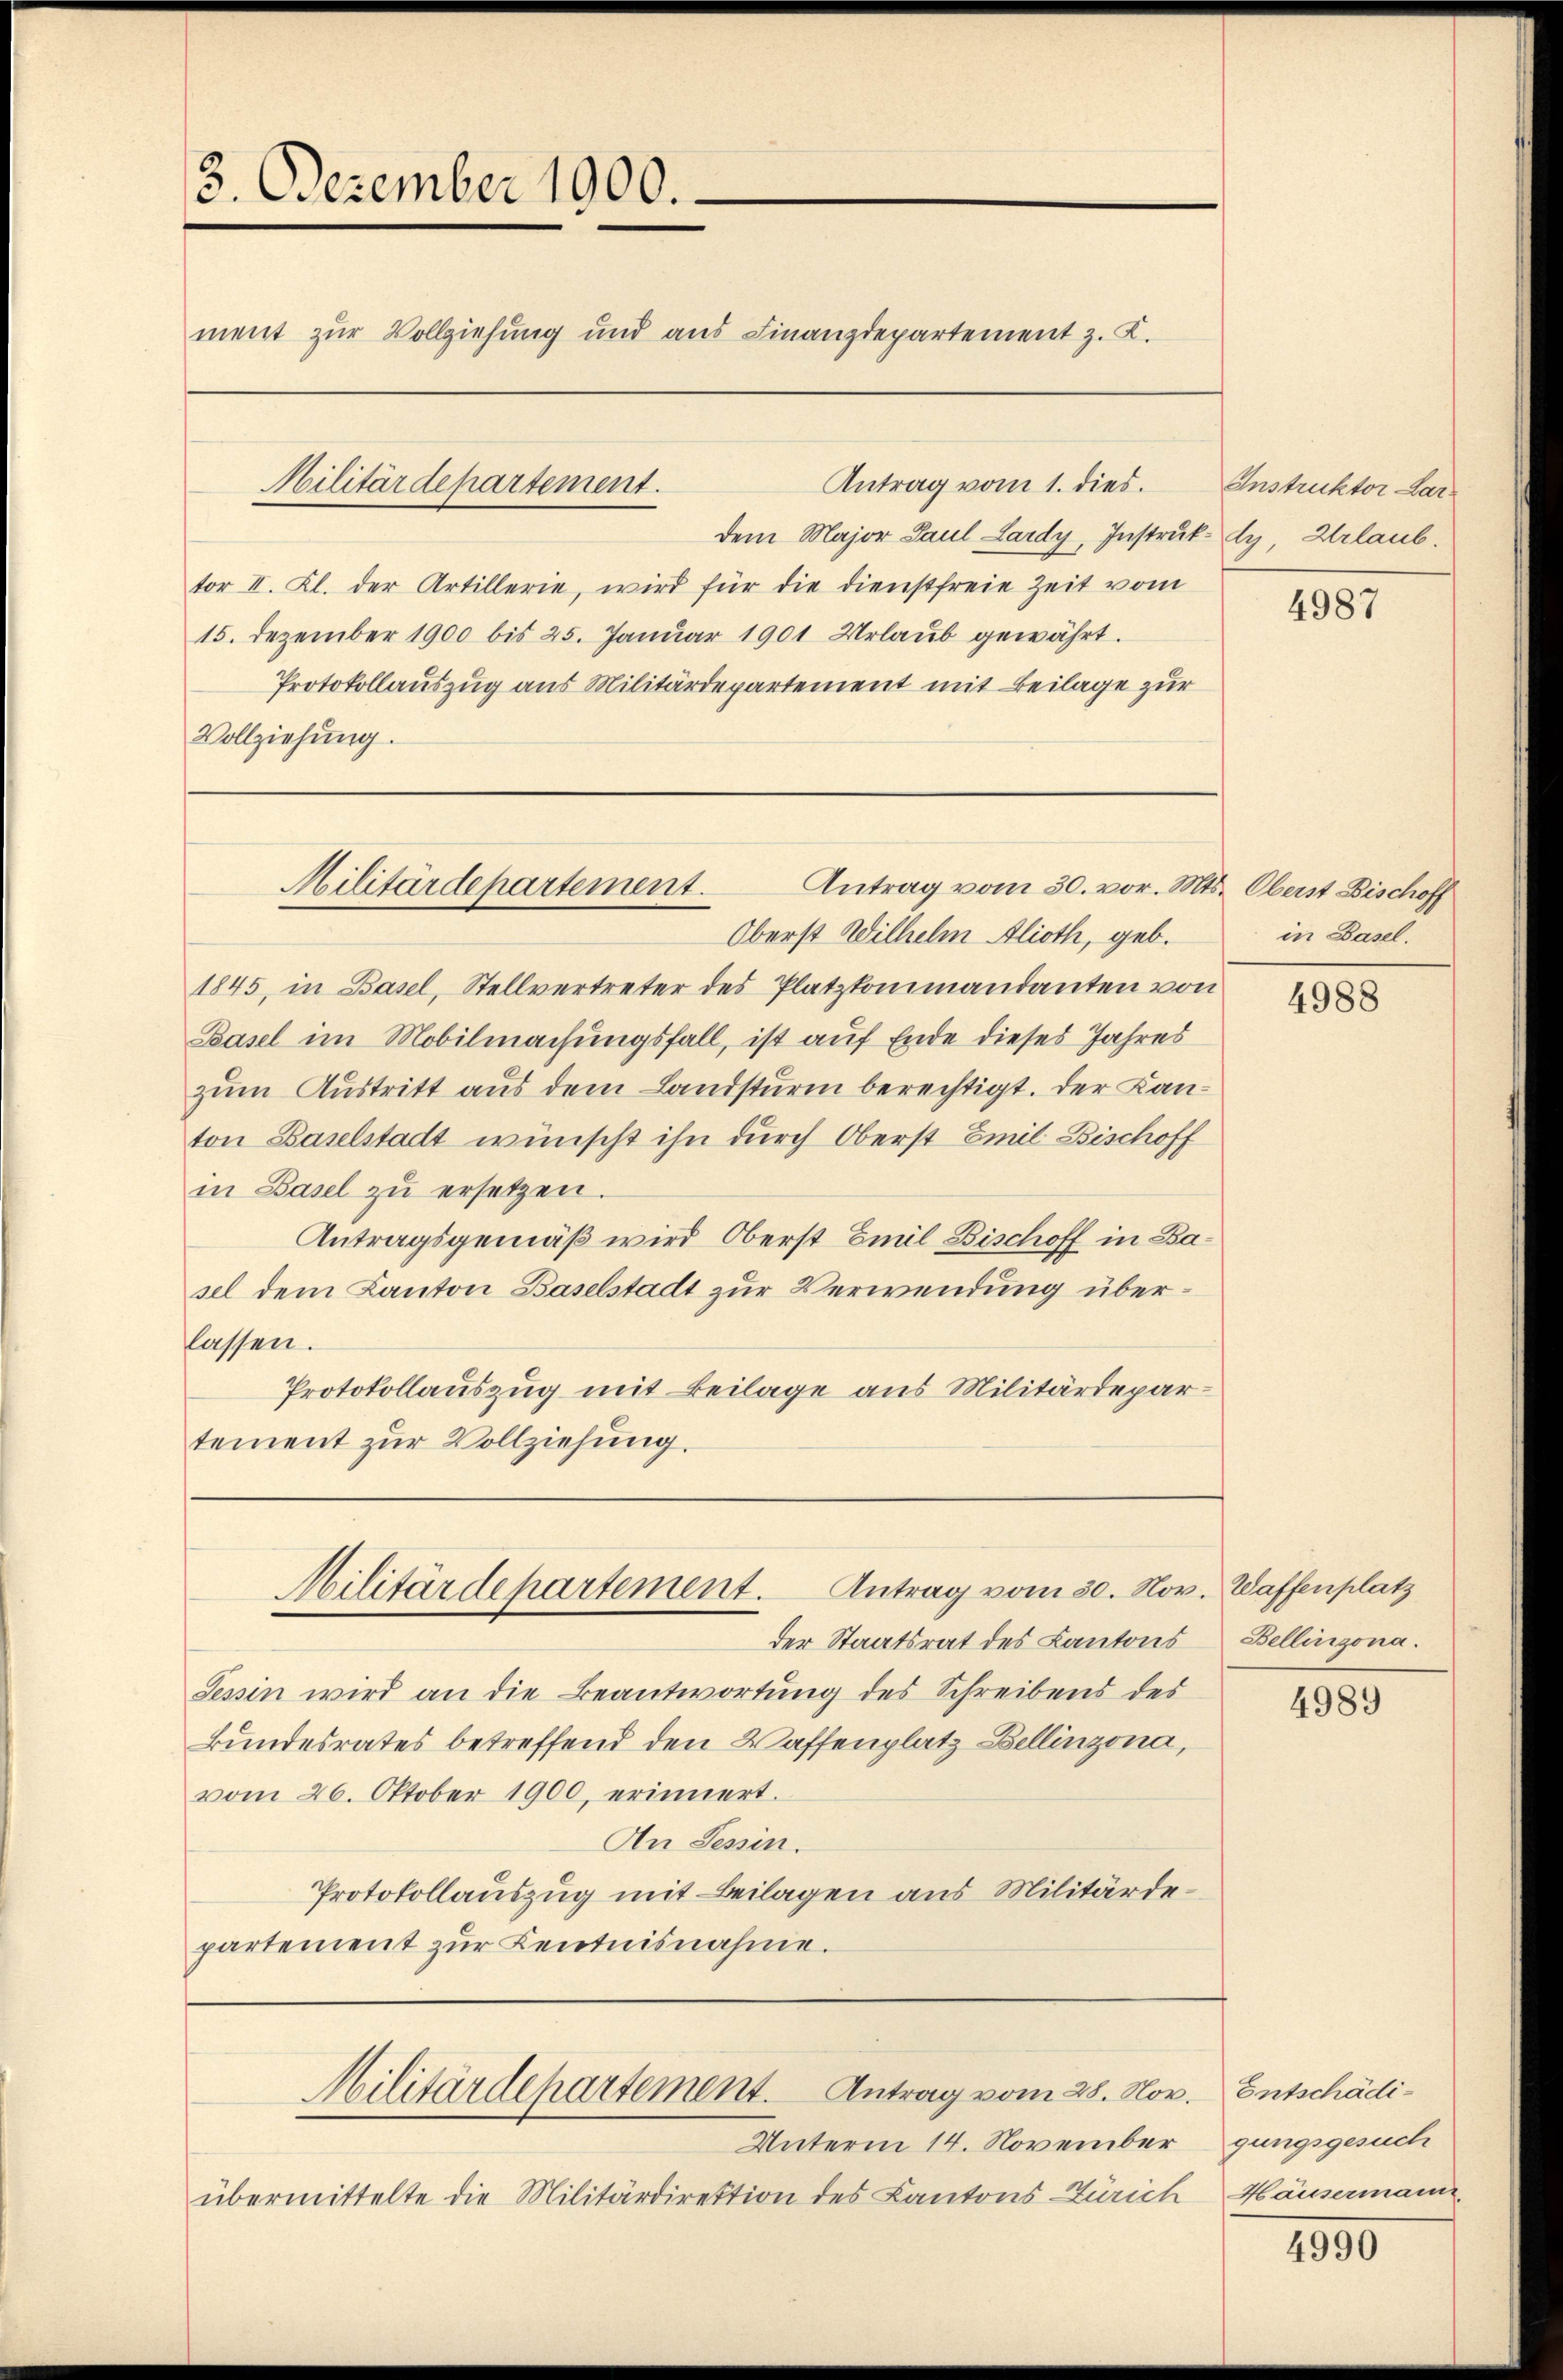
3. Dezember 1900.
ment zur Vollziehung und aus Finanzdepartement z. K.

Antrag vom 1. dies
dem Major Paul Lardy, Instruk dy Urlaub.
tor II. Kl. der Artillerie, wird für die dienstfreie Zeit vom
15. Dezember 1900 bis 25. Januar 1901 Urlaub gewährt.
Protokollauszug aus Militärdepartement mit Beilage zur
Vollziehung.

Militärdepartement.

Oberst Wilhelm Alioth, geb.
1845, in Basel, Stellvertreter des Platzkommandanten von
Basel im Mobilmachungsfall, ist auf Ende dieses Jahres
zum Austritt aus dem Landsturm berechtigt. Der Kanton Baselstadt wünscht ihn durch Oberst Emil Bischoff
in Basel zu ersetzen.
Antragsgemäß wird Oberst Emil Bischoff in Basel dem Kanton Baselstadt zur Verwendung überlassen.
Protokollauszug mit Beilage aus Militärdepartement zur Vollziehung.

Militärdepartement.
Antrag vom 30. vor. Mts. Oberst Bischoff

der Staatsrat des Kantons
Tessin wird an die Beantwortung des Schreibens des
Bundesrates betreffend den Waffenplatz Bellinzona,
vom 26. Oktober 1900, erinnert.
An Tessin.
Protokollauszug mit Beilagen aus Militärdepartement zŭr Kentnisnahme.

Antrag vom 30. Nov. Waffenplatz
Militärdepartement.

Militärdepartement. Antrag vom 28. Nov. Entschädi¬

Unterm 14. November
übermittelte die Militärdirektion des Kantons Zürich Häusermann

Instruktor Lar

4987

in Basel.

4988

Bellinzona.

4989

gungsgesuch

4990